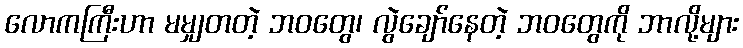
လောကကြီးဟာ မမျှတတဲ့ ဘဝတွေ၊ လွဲချော်နေတဲ့ ဘဝတွေကို ဘာလို့များ